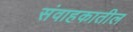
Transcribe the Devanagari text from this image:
संवाहकातील